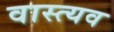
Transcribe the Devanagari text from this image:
वास्त्यव